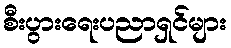
စီးပွားရေးပညာရှင်များ